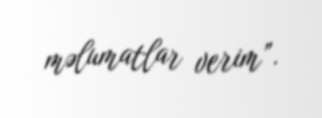
məlumatlar verim”.